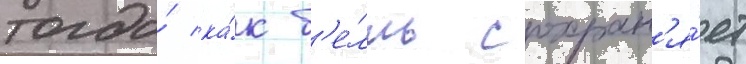
тогда́ ка́к б'е́лль сохран'я́ет